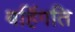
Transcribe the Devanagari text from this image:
बर्हिगति